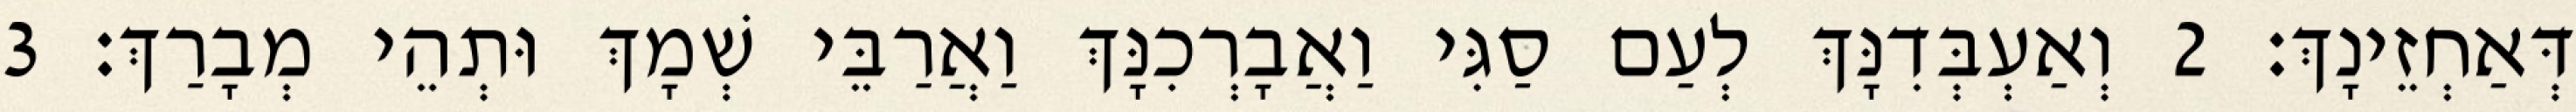
דְּאַחְזֵינָךְ׃ 2 וְאַעְבְּדִנָּךְ לְעַם סַגִּי וַאֲבָרְכִנָּךְ וַאֲרַבֵּי שְׁמָךְ וּתְהֵי מְבָרַךְ׃ 3